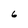
Character: 6